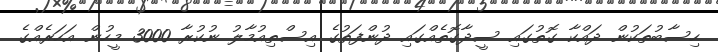
ހިސާބުތަކުން ދައްކާ ގޮތުގައި ސީދާގޮތެއްގައި ދުންފަތުގެ އިސްތިއުމާލު ނުކުރާ 3000 މީހުން އަހަރެއްގެ